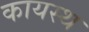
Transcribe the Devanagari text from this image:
कायस्‍थ